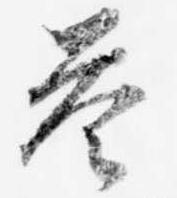
答